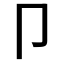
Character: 卩